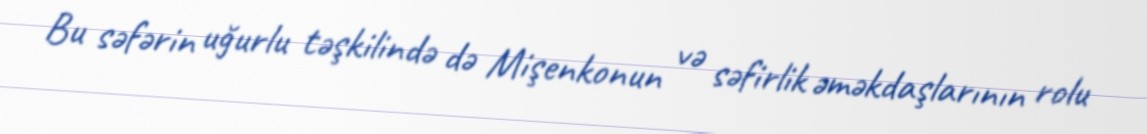
Bu səfərin uğurlu təşkilində də Mişenkonun və səfirlik əməkdaşlarının rolu